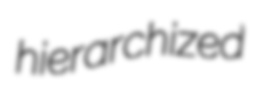
hierarchized